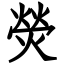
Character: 熒